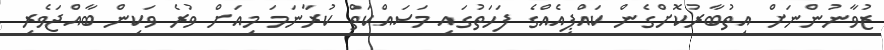
ޒުވާނުންނަށް އިތުބާރުކޮށްގެން ކައްޕިއެއްގެ ފަހަތުގައި މަސައްކަތް ކުރާނަމަ މިއަށް ވުރެ ވަކިން ބާއްޖަވެރި